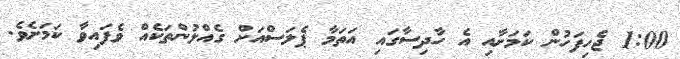
1:00 ޖެހިފަހުން ކަމަށާއި އެ ހާދިސާގައި އަތަމާ ޕެލަސްއަށް ގެއްލުންތަކެއް ވެފައިވާ ކަމަށެވެ.